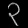
Digit: ၃